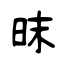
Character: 昩